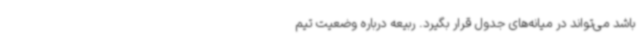
باشد می‌تواند در میانه‌های جدول قرار بگیرد. ربیعه درباره وضعیت تیم